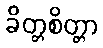
ခိတ္တစိတ္တာ